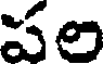
పల